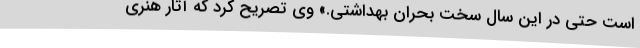
است حتی در این سال سخت بحران بهداشتی.» وی تصریح کرد که آثار هنری